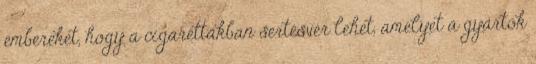
embereket, hogy a cigarettákban sertésvér lehet, amelyet a gyártók